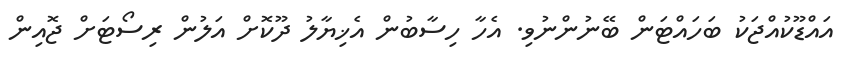
އައްޑޫކުއްޖަކު ބަހައްޓަން ބޭނުންނުވި. އެހާ ހިސާބުން އެޚިޔާލު ދޫކޮށް އަލުން ރިސޯޓަށް ޖޮއިން